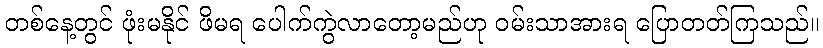
တစ်နေ့တွင် ဖုံးမနိုင် ဖိမရ ပေါက်ကွဲလာတော့မည်ဟု ဝမ်းသာအားရ ပြောတတ်ကြသည်။